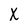
Character: X